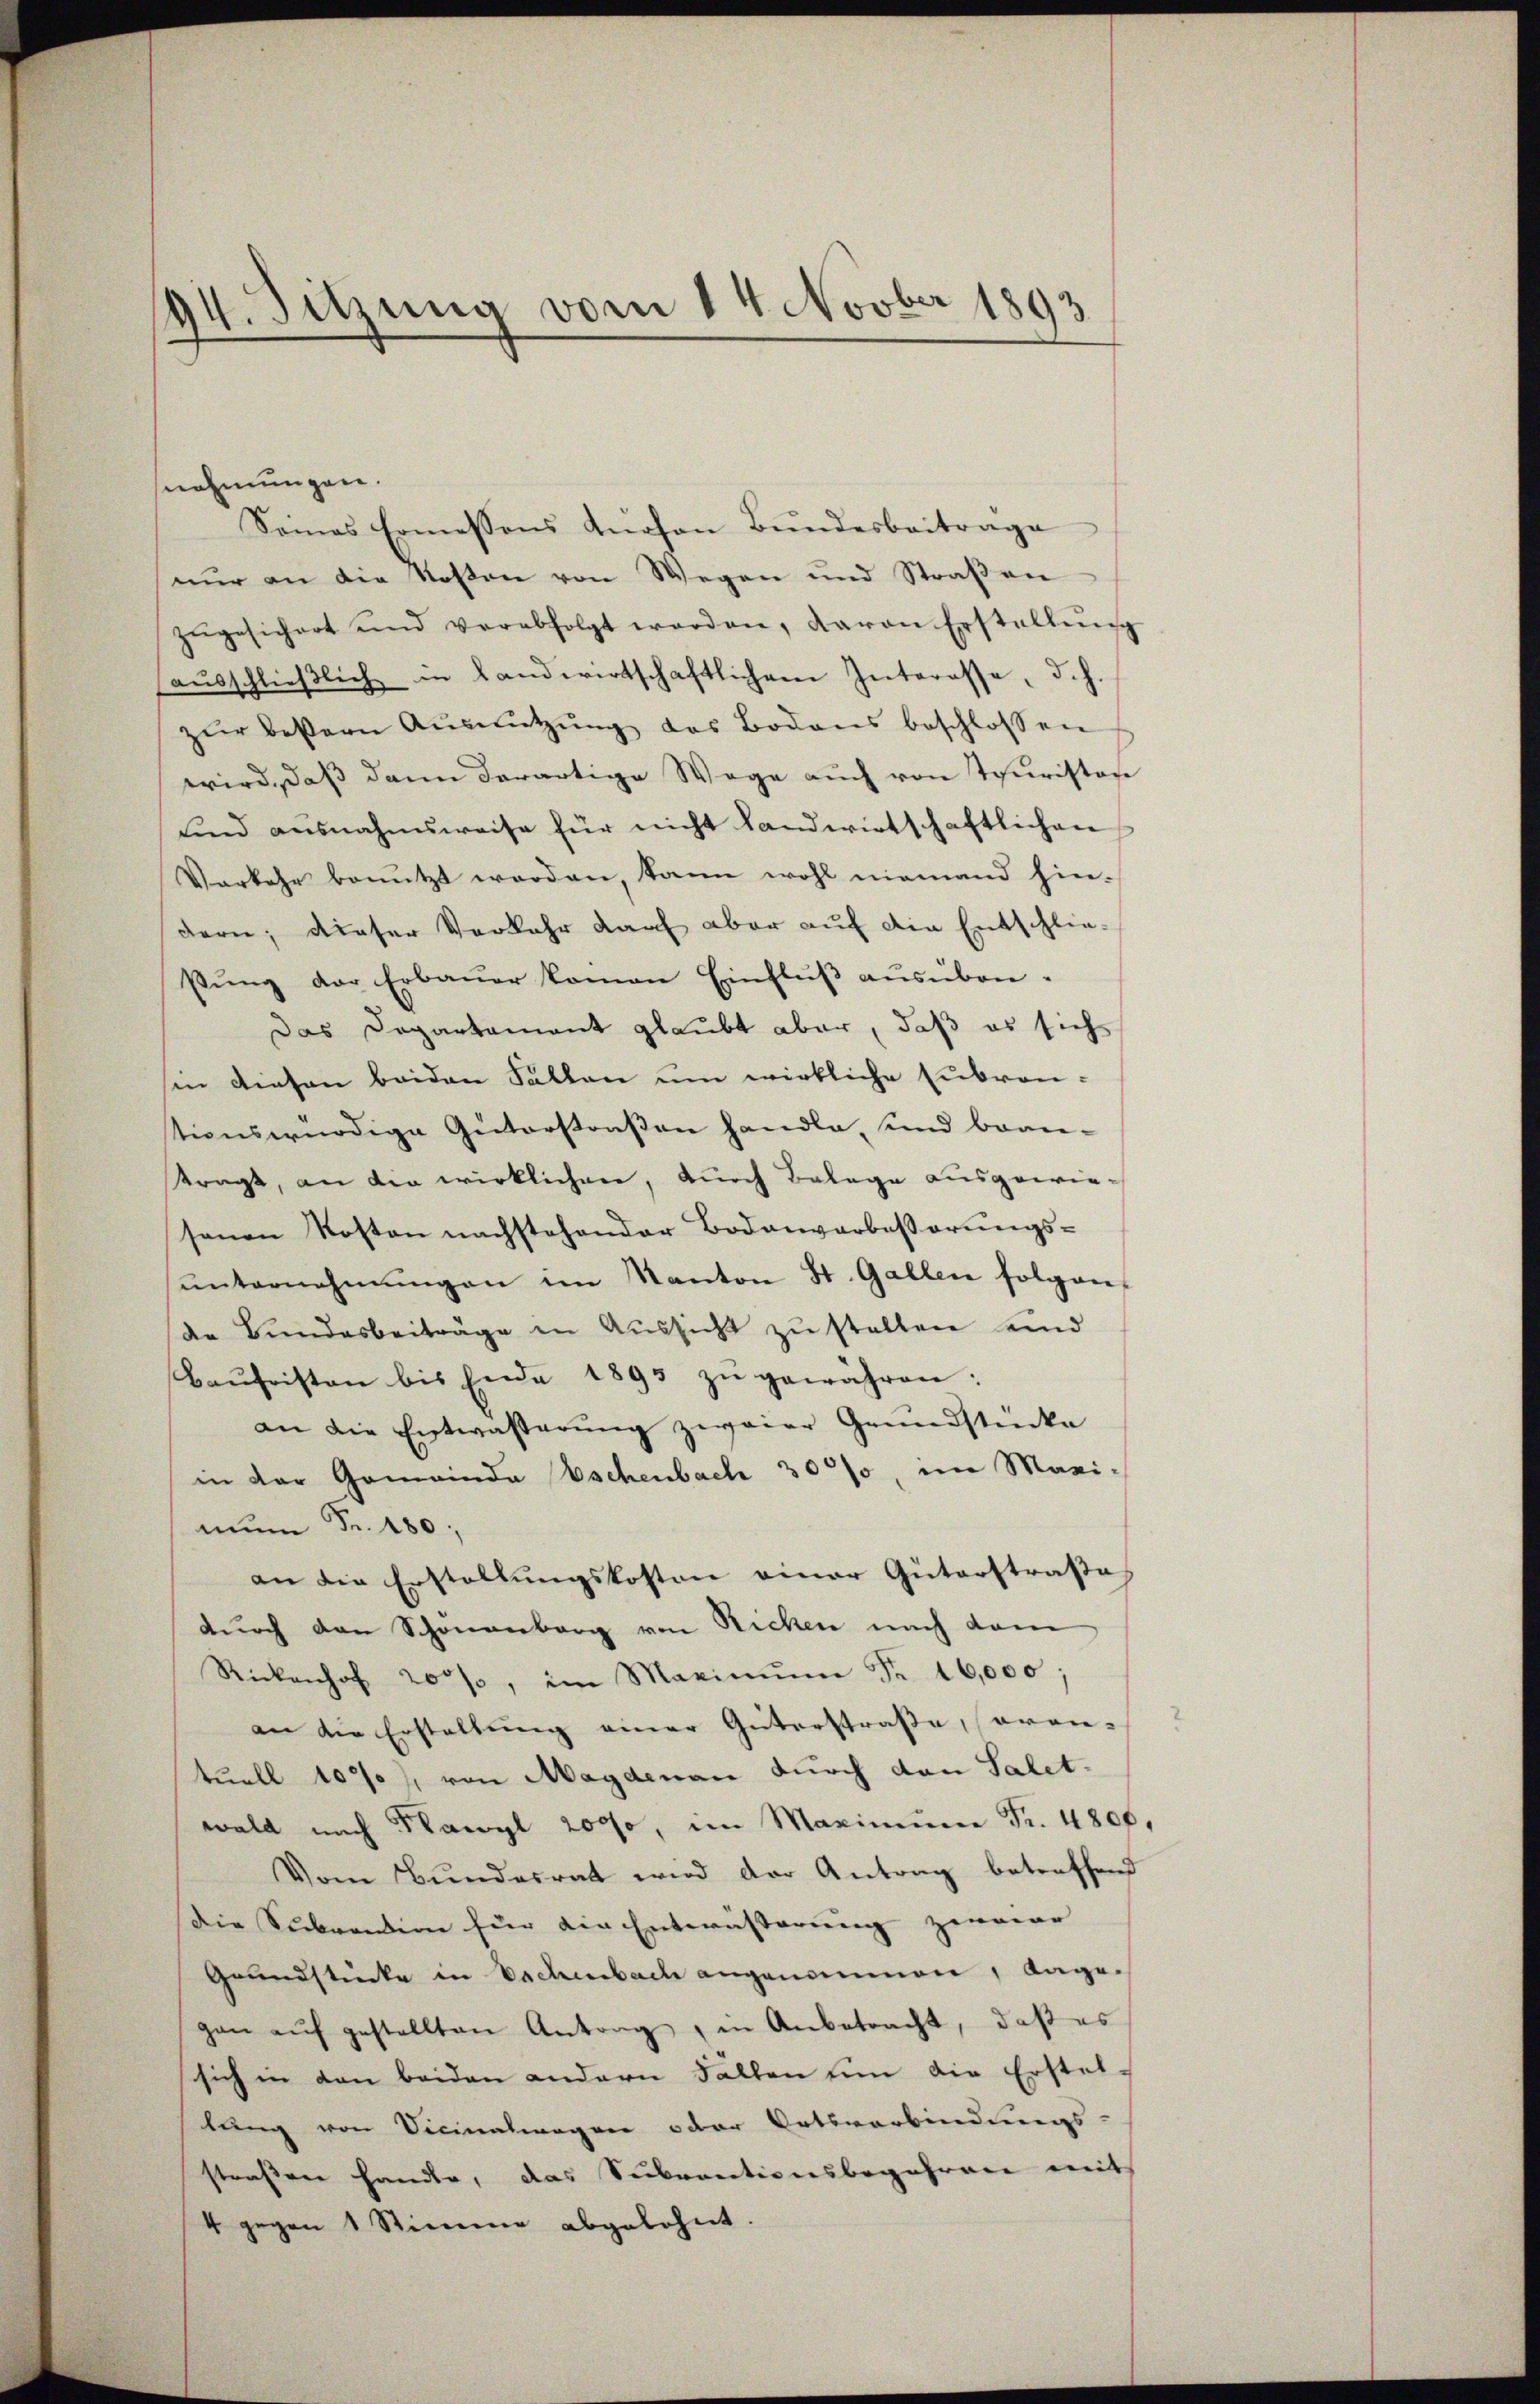
94. Sitzung vom 14. Novber 1893

nehmungen.
Seines Ermessens dürfen Bŭndesbeitrage
nŭr an die Kosten von Wegen und Straβen
zŭgesichert und verabfolgt werden, davon Erstellŭng
aŭsschlieβlich in Landwirtschaftlichem Interesse, d. h.
zŭr beßern Aŭsnützŭng des Bodens beschlossen
wird, daß dann derartige Wege auch von Touristore
und ausnahmsweise für nicht landwirtschaftlichen
Verkehr benützt werden, kann wohl niemand hin-
dern; dieser Verkehr darf aber auf die Entschliesŭng der Erbauer kamen Einflŭβ aŭsüben¬
Das Departament glaubt aber, daß es sich
in diesen beiden Fallen um wirkliche Embranstionswürdige Güterstraßen handle, und beantragt, an die wirklichen, durch Belage ausgewiesonen Kosten nachstehender Bodenverbesserŭngs-
ŭnternehmungen im Kanton St. Gallen folgen-
de Bundesbeiträge in Aŭssicht zŭ stellen und
Baŭfristen bis Ende 1893 zŭ gewähren:
an die Entwässerŭng zweier Grundstücke
in der Gemeinda Eschenbach 300%, im Marimun Fr. 180.
an die Erstellŭngskosten einer Güterstraße
durch den Schönenberg von Nicken nach dan
Rickenhof 200, im Maximŭm Fr. 16,000:
an die Erstaltung einer Güterstraße, oran-
tuell 102), von Magdenau durch den Salet-
wald nach Flawyl 2000, im Maximum Fr. 480f,
Vom Bundesrat wird der Antrag betreffend
Die Subvention für die Entwässerung zweier |
Grundstücke in Sachenbach angenommen, dage-
gan aŭf gestellten Antrag, in Anbetracht, daß es
sich in den beiden andern Fallen um die Erstellung von Vicinatwagen oder Ortsverbindungs-
straßen handle, das Seebrauctionsbegehren mit
4 gegen 1 Stimme abgelehnt.